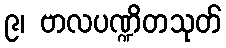
၉၊ ဗာလပဏ္ဍိတသုတ်